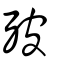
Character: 㱟